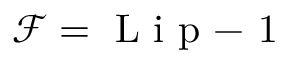
\mathcal { F } = \mathrm { ~ L ~ i ~ p ~ - ~ } 1